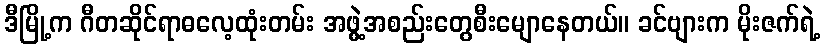
ဒီမြို့က ဂီတဆိုင်ရာဓလေ့ထုံးတမ်း အဖွဲ့အစည်းတွေစီးမျောနေတယ်။ ခင်ဗျားက မိုးဇက်ရဲ့